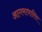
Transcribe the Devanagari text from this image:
आगमाधारित